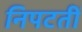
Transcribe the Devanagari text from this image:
निपटतीं